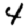
Digit: 4